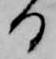
る